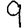
Digit: 9